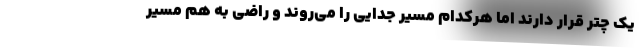
یک چتر قرار دارند اما هرکدام مسیر جدایی را می‌روند و راضی به هم مسیر